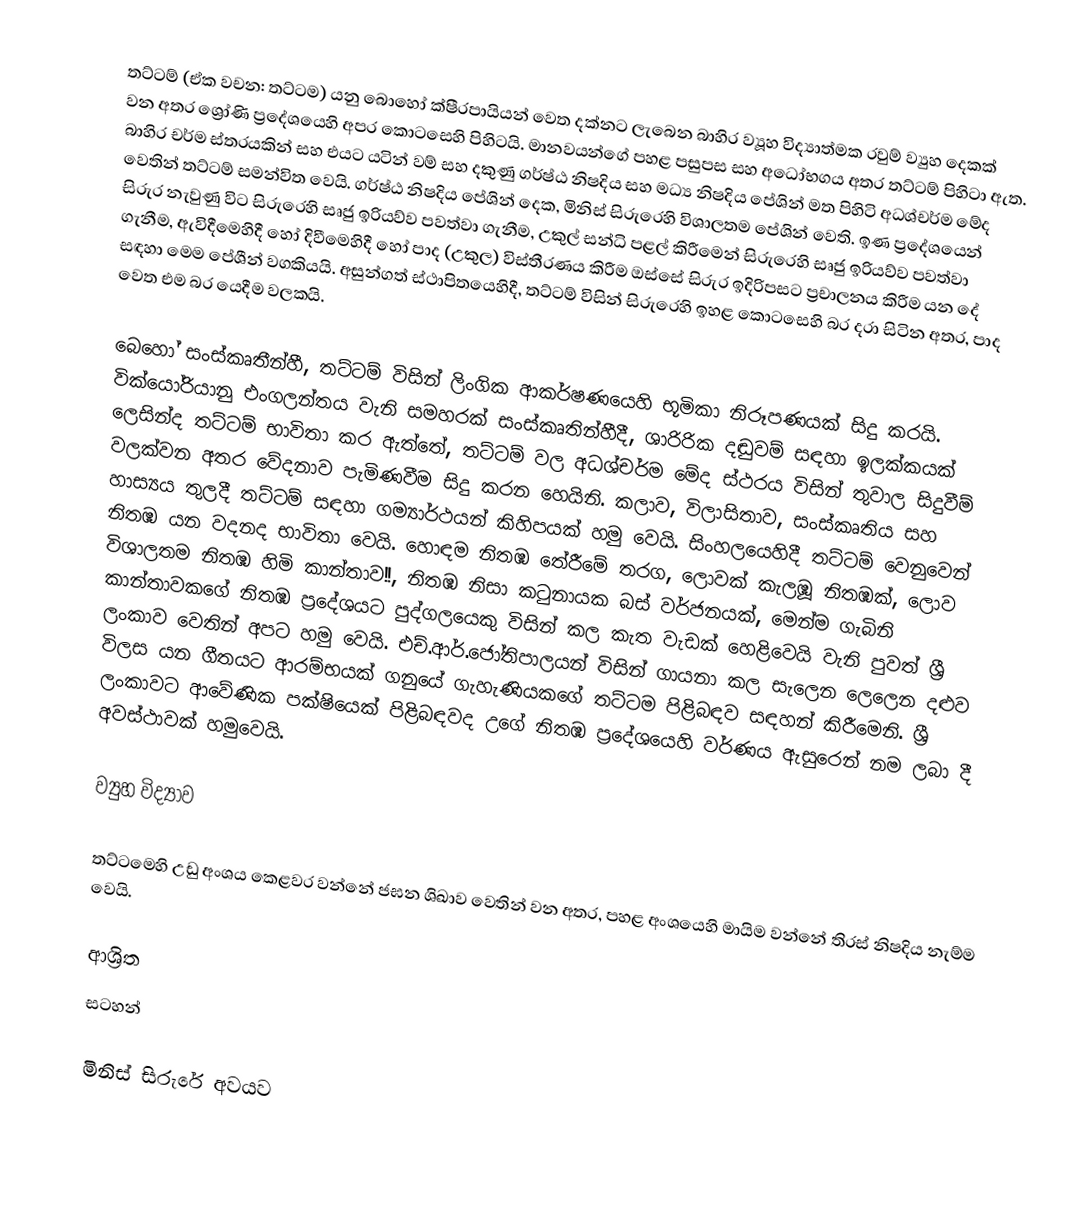
තට්ටම් (ඒක වචන: තට්ටම) යනු බොහෝ  ක්ෂීරපායියන් වෙත දක්නට ලැබෙන බාහිර ව්‍යූහ විද්‍යාත්මක රවුම් ව්‍යුහ දෙකක් වන අතර  ශ්‍රෝණි ප්‍රදේශයෙහි අපර කොටසෙහි පිහිටයි. මානවයන්ගේ පහළ පසුපස සහ අධෝභගය අතර තට්ටම් පිහිටා ඇත. බාහිර චර්ම ස්තරයකින් සහ  එයට යටින්  වම් සහ දකුණු  ගර්ෂ්ඨ නිෂදිය සහ  මධ්‍ය නිෂදිය පේශින් මත පිහිටි   අධශ්චර්ම මේද  වෙතින් තට්ටම් සමන්විත වෙයි. ගර්ෂ්ඨ නිෂදිය පේශින් දෙක, මිනිස් සිරුරෙහි විශාලතම පේශින් වෙති.  ඉණ ප්‍රදේශයෙන් සිරුර නැවුණු විට සිරුරෙහි සෘජු ඉරියව්ව පවත්වා ගැනීම, උකුල් සන්ධි පළල් කිරීමෙන් සිරුරෙහි සෘජු ඉරියව්ව පවත්වා ගැනීම, ඇවිදීමෙහිදී හෝ දිවීමෙහිදී හෝ පාද (උකුල) විස්තීරණය කිරීම ඔස්සේ  සිරුර ඉදිරිපසට ප්‍රචාලනය කිරීම යන දේ සඳහා මෙම පේශීන් වගකියයි.   අසුන්ගත් ස්ථාපිතයෙහිදී, තට්ටම් විසින් සිරුරෙහි ඉහළ කොටසෙහි බර දරා සිටින අතර,  පාද වෙත එම බර යෙදීම වලකයි.

බෙහෝ සංස්කෘතීන්හී, තට්ටම් විසින්   ලිංගික ආකර්ෂණයෙහි භූමිකා නිරූපණයක් සිදු කරයි. වික්යෝරියානු එංගලන්තය වැනි සමහරක් සංස්කෘතින්හීදී, ශාරිරික දඬුවම්  සඳහා ඉලක්කයක් ලෙසින්ද තට්ටම් භාවිතා කර ඇත්තේ, තට්ටම් වල අධශ්චර්ම මේද ස්ථරය විසින් තුවාල සිදුවීම් වලක්වන අතර වේදනාව  පැමිණවීම සිදු කරන හෙයිනි. කලාව, විලාසිතාව, සංස්කෘතිය සහ  හාස්‍යය තුලදී  තට්ටම් සඳහා ගම්‍යාර්ථයන් කිහිපයක් හමු වෙයි.  සිංහලයෙහිදී තට්ටම් වෙනුවෙන් නිතඹ යන වදනද භාවිතා වෙයි. හොඳම නිතඹ තේරීමේ තරග,  ලොවක් කැලඹූ නිතඹක්,   ලොව විශාලතම නිතඹ හිමි කාන්තාව!!,    නිතඹ නිසා කටුනායක බස් වර්ජනයක්,    මෙන්ම ගැබිනි කාන්තාවකගේ නිතඹ ප්‍රදේශයට පුද්ගලයෙකු විසින් කල කැත වැඩක් හෙළිවෙයි    වැනි පුවත් ශ්‍රී ලංකාව වෙතින් අපට හමු වෙයි. එච්.ආර්.ජෝතිපාලයන් විසින් ගායනා කල සැලෙන ලෙලෙන දළුව විලස යන ගීතයට ආරම්භයක් ගනුයේ ගැහැණියකගේ තට්ටම පිළිබඳව සඳහන් කිරීමෙනි.  ශ්‍රී ලංකාවට ආවේණික පක්ෂියෙක් පිළිබඳවද උගේ නිතඹ ප්‍රදේශයෙහි වර්ණය ඇසුරෙන් නම ලබා දී අවස්ථාවක් හමුවෙයි.

ව්‍යුහ විද්‍යාව

තට්ටමෙහි  උඩු  අංශය කෙළවර වන්නේ ජඝන ශිඛාව වෙතින් වන අතර, පහළ අංශයෙහි මායිම වන්නේ තිරස් නිෂදිය නැම්ම වෙයි.

ආශ්‍රිත
සටහන්

මිනිස් සිරුරේ අවයව